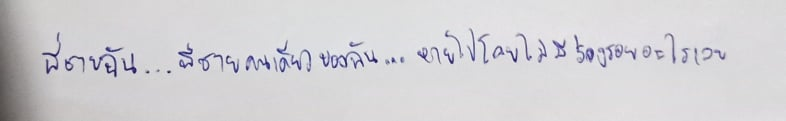
พี่ชายฉัน...พี่ชายคนเดียวของฉัน...หายไปโดยไม่มีร่องรอยอะไรเลย"